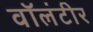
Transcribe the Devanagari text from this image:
वॉलंटीर